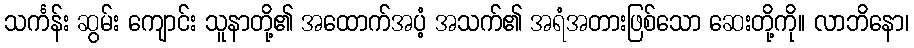
သင်္ကန်း ဆွမ်း ကျောင်း သူနာတို့၏ အထောက်အပံ့ အသက်၏ အရံအတားဖြစ်သော ဆေးတို့ကို။ လာဘိနော၊